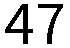
47